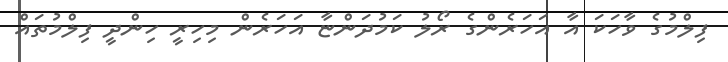
ފިލްމުގެ ވާހަކަ އާ އަހަރެންގެ ރޯލު ކަމުދަންޏާ އަހަރެން މިހިރީ ހިންދީ ފިލްމުތައް